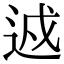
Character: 䢕